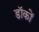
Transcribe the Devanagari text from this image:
डॉकों